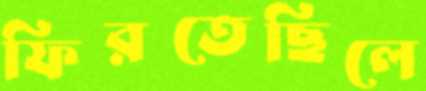
ফিরতেছিলে